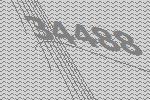
34488